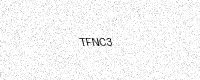
Text: TFNC3